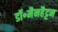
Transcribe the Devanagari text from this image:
डॉ॰मैनहैट्टन